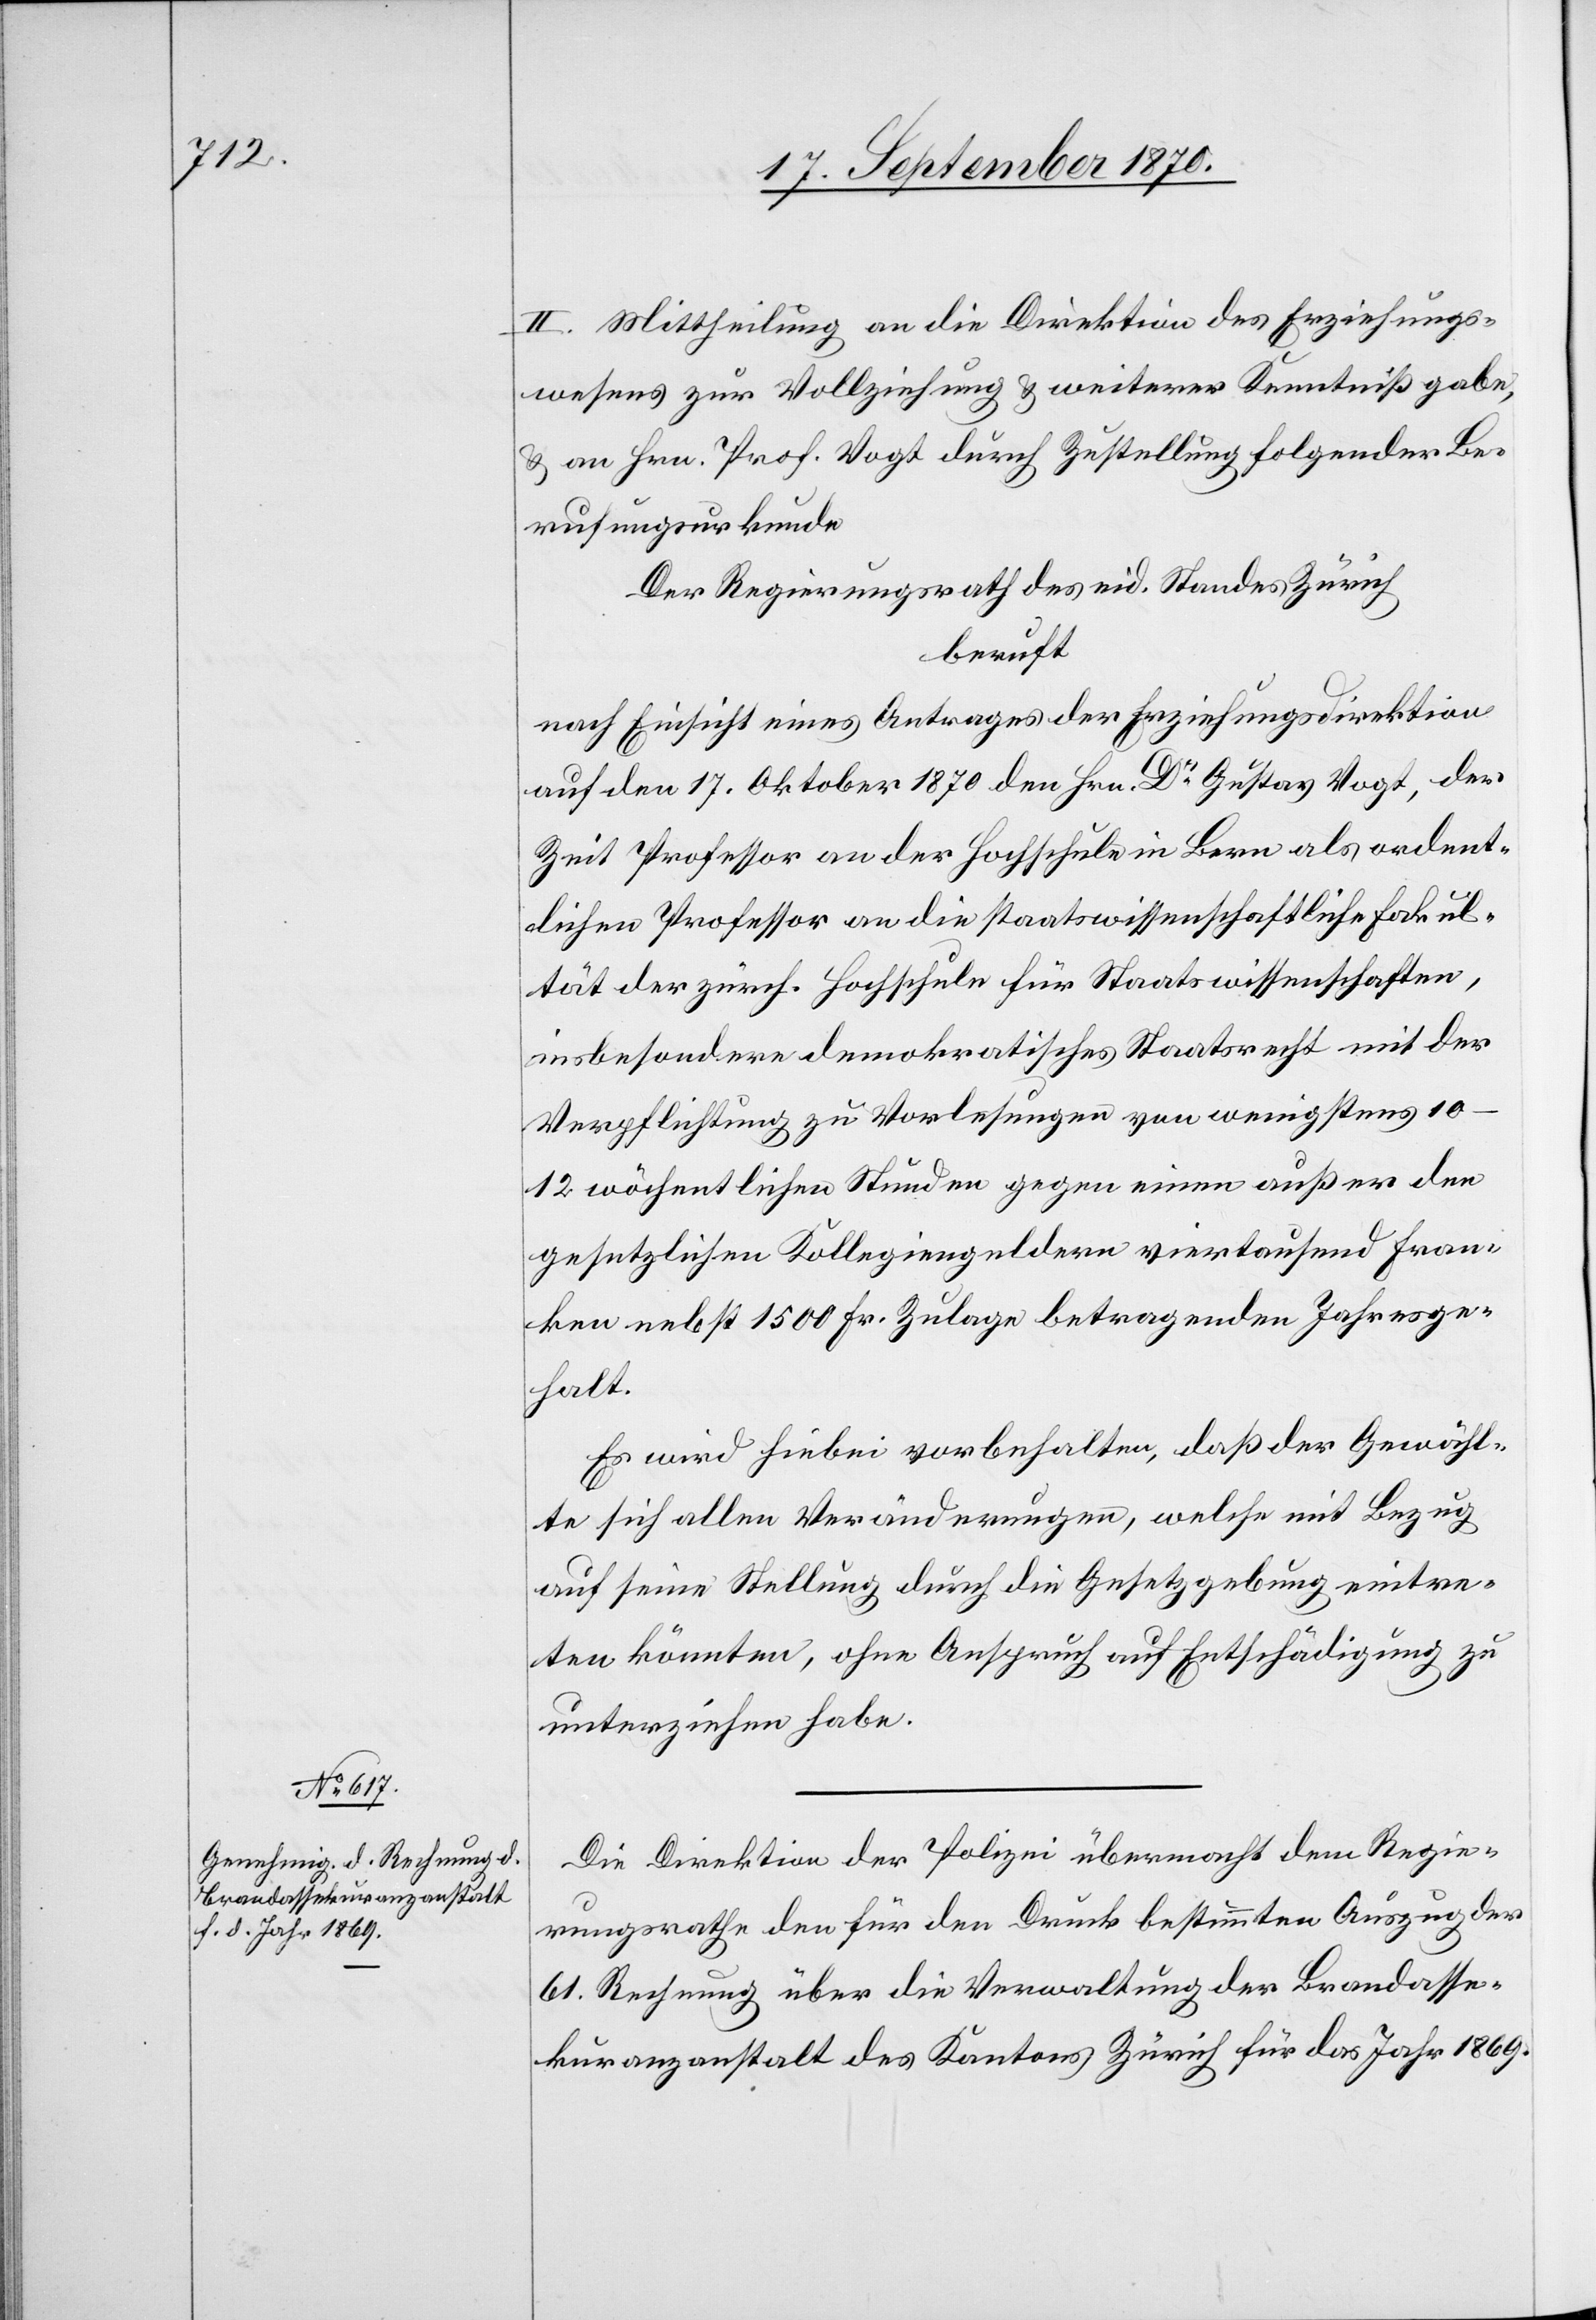
II. Mittheilung an die Direktion des Erziehungs¬
wesens zur Vollziehung & weiterer Kenntnißgabe,
& an Hrn. Prof. Vogt durch Zustellung folgender Be¬
rufungsurkunde
Der Regierungsrath des eid. Standes Zürich
beruft
nach Einsicht eines Antrages der Erziehungsdirektion
auf den 17. Oktober 1870 den Hrn. Dr Gustav Vogt, der
Zeit Professor an der Hochschule in Bern als ordent¬
lichen Professor an die staatswissenschaftliche Fakul¬
tät der zürch. Hochschule für Staatswissenschaften,
insbesondere demokratisches Staatsrecht mit der
Verpflichtung zu Vorlesungen von wenigstens
10–12 wöchentlichen Stunden gegen einen außer den
gesetzlichen Kollegiengeldern viertausend Fran¬
ken nebst 1500 Fr. Zulage betragenden Jahresge¬
halt.
Es wird hiebei vorbehalten, daß der Gewähl¬
te sich allen Veränderungen, welche mit Bezug
auf seine Stellung durch die Gesetzgebung eintre¬
ten könnten, ohne Anspruch auf Entschädigung zu
unterziehen habe.
Die Direktion der Polizei übermacht dem Regie¬
rungsrathe den für den Druck bestimmten Auszug der
61. Rechnung über die Verwaltung der Brandasse¬
kuranzanstalt des Kantons Zürich für das Jahr 1869.